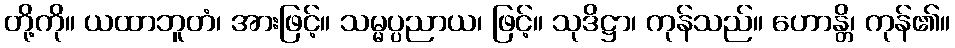
တို့ကို။ ယထာဘူတံ၊ အားဖြင့်။ သမ္မပ္ပညာယ၊ ဖြင့်။ သုဒိဋ္ဌာ၊ ကုန်သည်။ ဟောန္တိ၊ ကုန်၏။